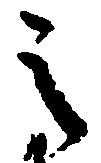
之